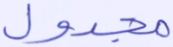
مجدول